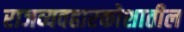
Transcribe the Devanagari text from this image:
राजव्यवहारकोशातील